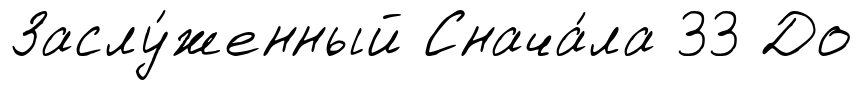
Заслу́женный Снача́ла 33 До